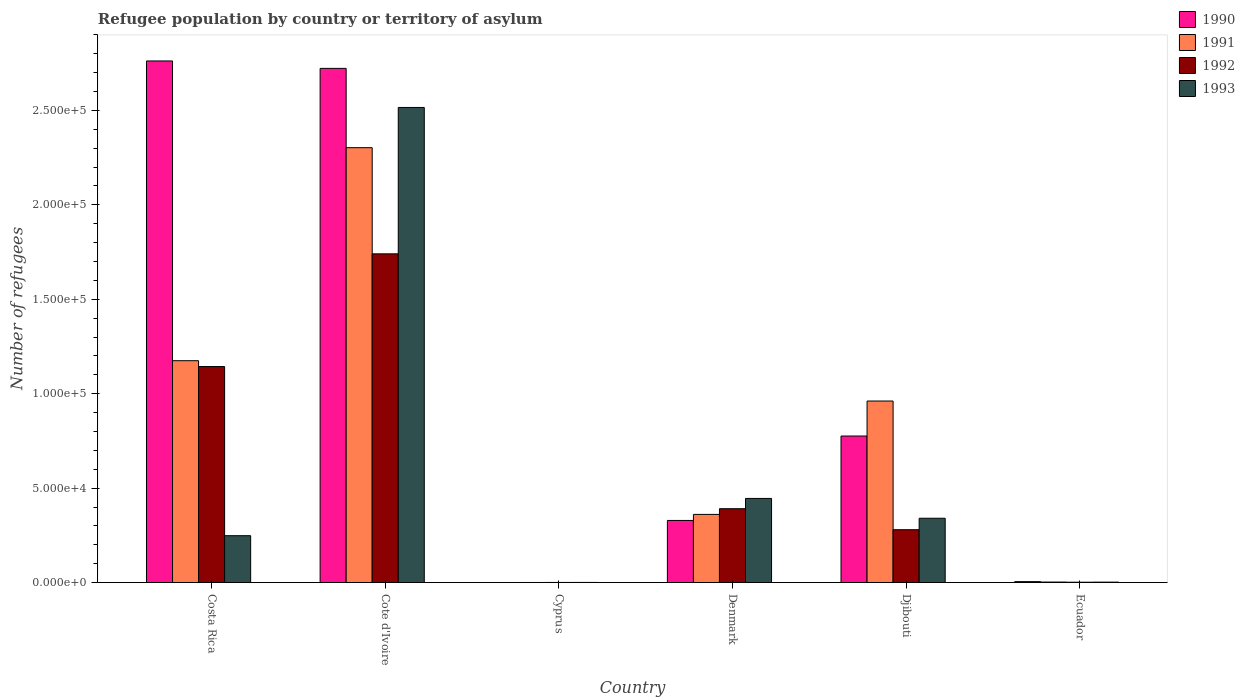
| Country | 1990 | 1991 | 1992 | 1993 |
 | --- | --- | --- | --- | --- |
 | Costa Rica | 2.76e+05 | 1.17e+05 | 1.14e+05 | 2.48e+04 |
 | Cote d'Ivoire | 2.72e+05 | 2.3e+05 | 1.74e+05 | 2.52e+05 |
 | Cyprus | 33 | 60 | 80 | 82 |
 | Denmark | 3.29e+04 | 3.61e+04 | 3.91e+04 | 4.46e+04 |
 | Djibouti | 7.76e+04 | 9.61e+04 | 2.8e+04 | 3.41e+04 |
 | Ecuador | 510 | 280 | 204 | 238 |